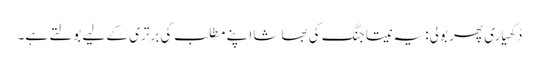
دُکھیاری پھر بولی: یہ نیتا جنگ کی بھاشا اپنے مطلب کی برتری کے لیے بولتے ہے۔